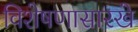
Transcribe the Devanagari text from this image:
विशेषणासारखे